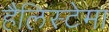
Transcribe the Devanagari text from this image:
हैलिस्टेमा